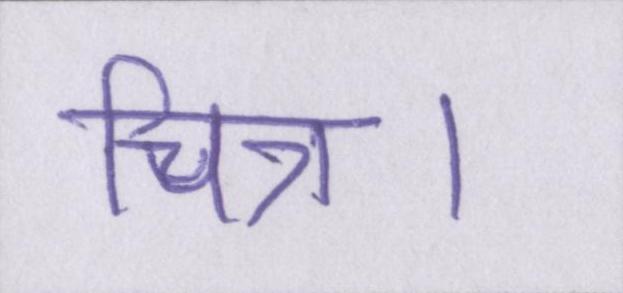
चित्र।